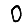
Digit: 0